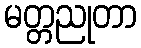
မတ္တညုတာ